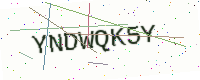
Text: YNDWQK5Y